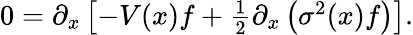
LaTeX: \begin{array}{r}{0=\partial_{x}\left[-V(x)f+\frac{1}{2}\partial_{x}\left(\sigma^{2}(x)f\right)\right].}\end{array}